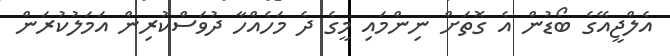
އެލްޖީއޭގެ ބޯޑުން އެ ގޮތަށް ނިންމައި މީގެ ދެ މަހެއްހާ ދުވަސްކުރިން އަމަލުކުރަން